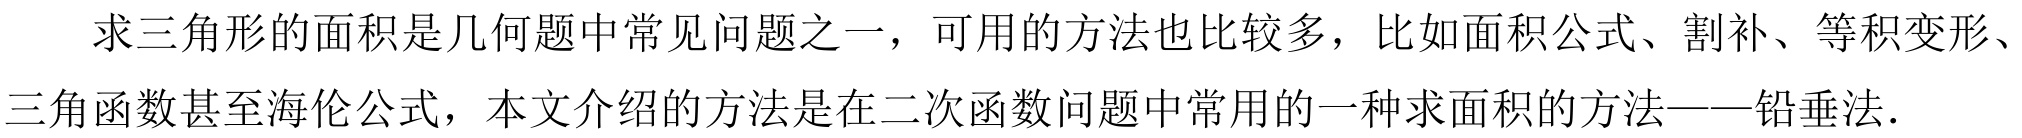
求三角形的面积是几何题中常见问题之一，可用的方法也比较多，比如面积公式、割补、等积变形、
三角函数甚至海伦公式，本文介绍的方法是在二次函数问题中常用的一种求面积的方法——铅垂法.